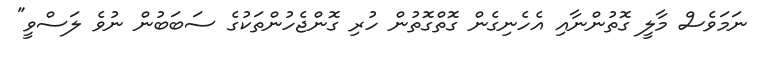
ނަމަވެސް މާލީ ގޮތުންނާއި އެހެނިގެން ގޮތްގޮތުން ހުރި ގޮންޖެހުންތަކުގެ ސަބަބުން ނުވެ ލަސްވީ"